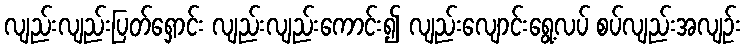
လျည်းလျည်းပြတ်ရှောင်း လျည်းလျည်းကောင်း၍ လျည်းလျောင်းရွေ့လပ် စပ်လျည်းအလျဉ်း